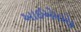
આઈએમએફ